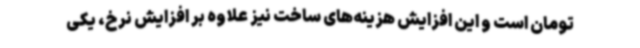
تومان است و این افزایش هزینه‌های ساخت نیز علاوه بر افزایش نرخ، یکی